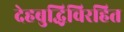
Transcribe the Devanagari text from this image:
देहबुद्धिविरहित